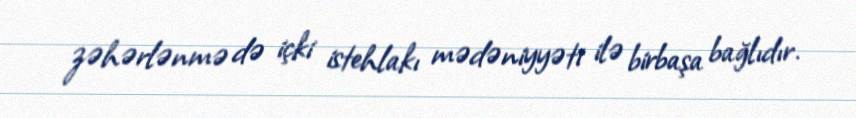
zəhərlənmə də içki istehlakı mədəniyyəti ilə birbaşa bağlıdır.